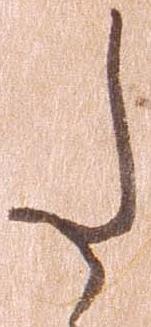
た